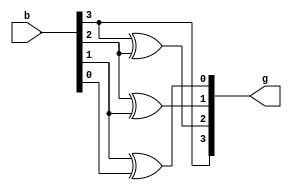
`timescale 1ns / 1ps
//////////////////////////////////////////////////////////////////////////////////
// Company: 
// Engineer: 
// 
// Design Name: 
// Module Name: Day14_BinaryToGraycodeconverter
// Project Name: 
// Target Devices: 
// Tool Versions: 
// Description: 
// 
// Dependencies: 
// 
// Revision:
// Revision 0.01 - File Created
// Additional Comments:
// 
//////////////////////////////////////////////////////////////////////////////////


module binary_to_gray (b,g);
input [3:0] b;  
output [3:0] g;
assign g[3] = b[3]; 
assign g[2] = b[3] ^ b[2]; 
assign g[1] = b[2] ^ b[1]; 
assign g[0] = b[1] ^ b[0]; 
endmodule